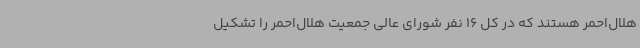
هلال‌احمر هستند که در کل 16 نفر شورای عالی جمعیت هلال‌احمر را تشکیل